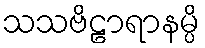
သသဗိဠာရာနမ္ပိ